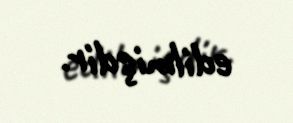
edilmişdir.